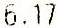
6.17